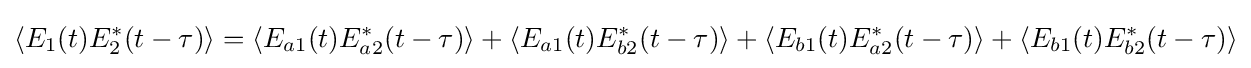
\langle E_{1}(t)E_{2}^{*}(t-\tau )\rangle =\langle E_{a1}(t)E_{a2}^{*}(t-\tau )\rangle +\langle E_{a1}(t)E_{b2}^{*}(t-\tau )\rangle +\langle E_{b1}(t)E_{a2}^{*}(t-\tau )\rangle +\langle E_{b1}(t)E_{b2}^{*}(t-\tau )\rangle